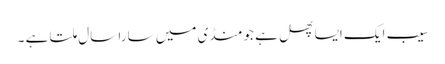
سیب ایک ایسا پھل ہے جو منڈی میں سارا سال ملتا ہے ۔